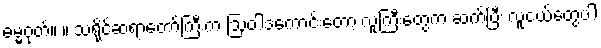
ဓမ္မဂုတ်။ ။ သရိုင်ဆရာတော်ကြီးက ဩဝါဒကောင်းတော့ လူကြီးတွေက ဆက်ပြီး လူငယ်တွေပါ